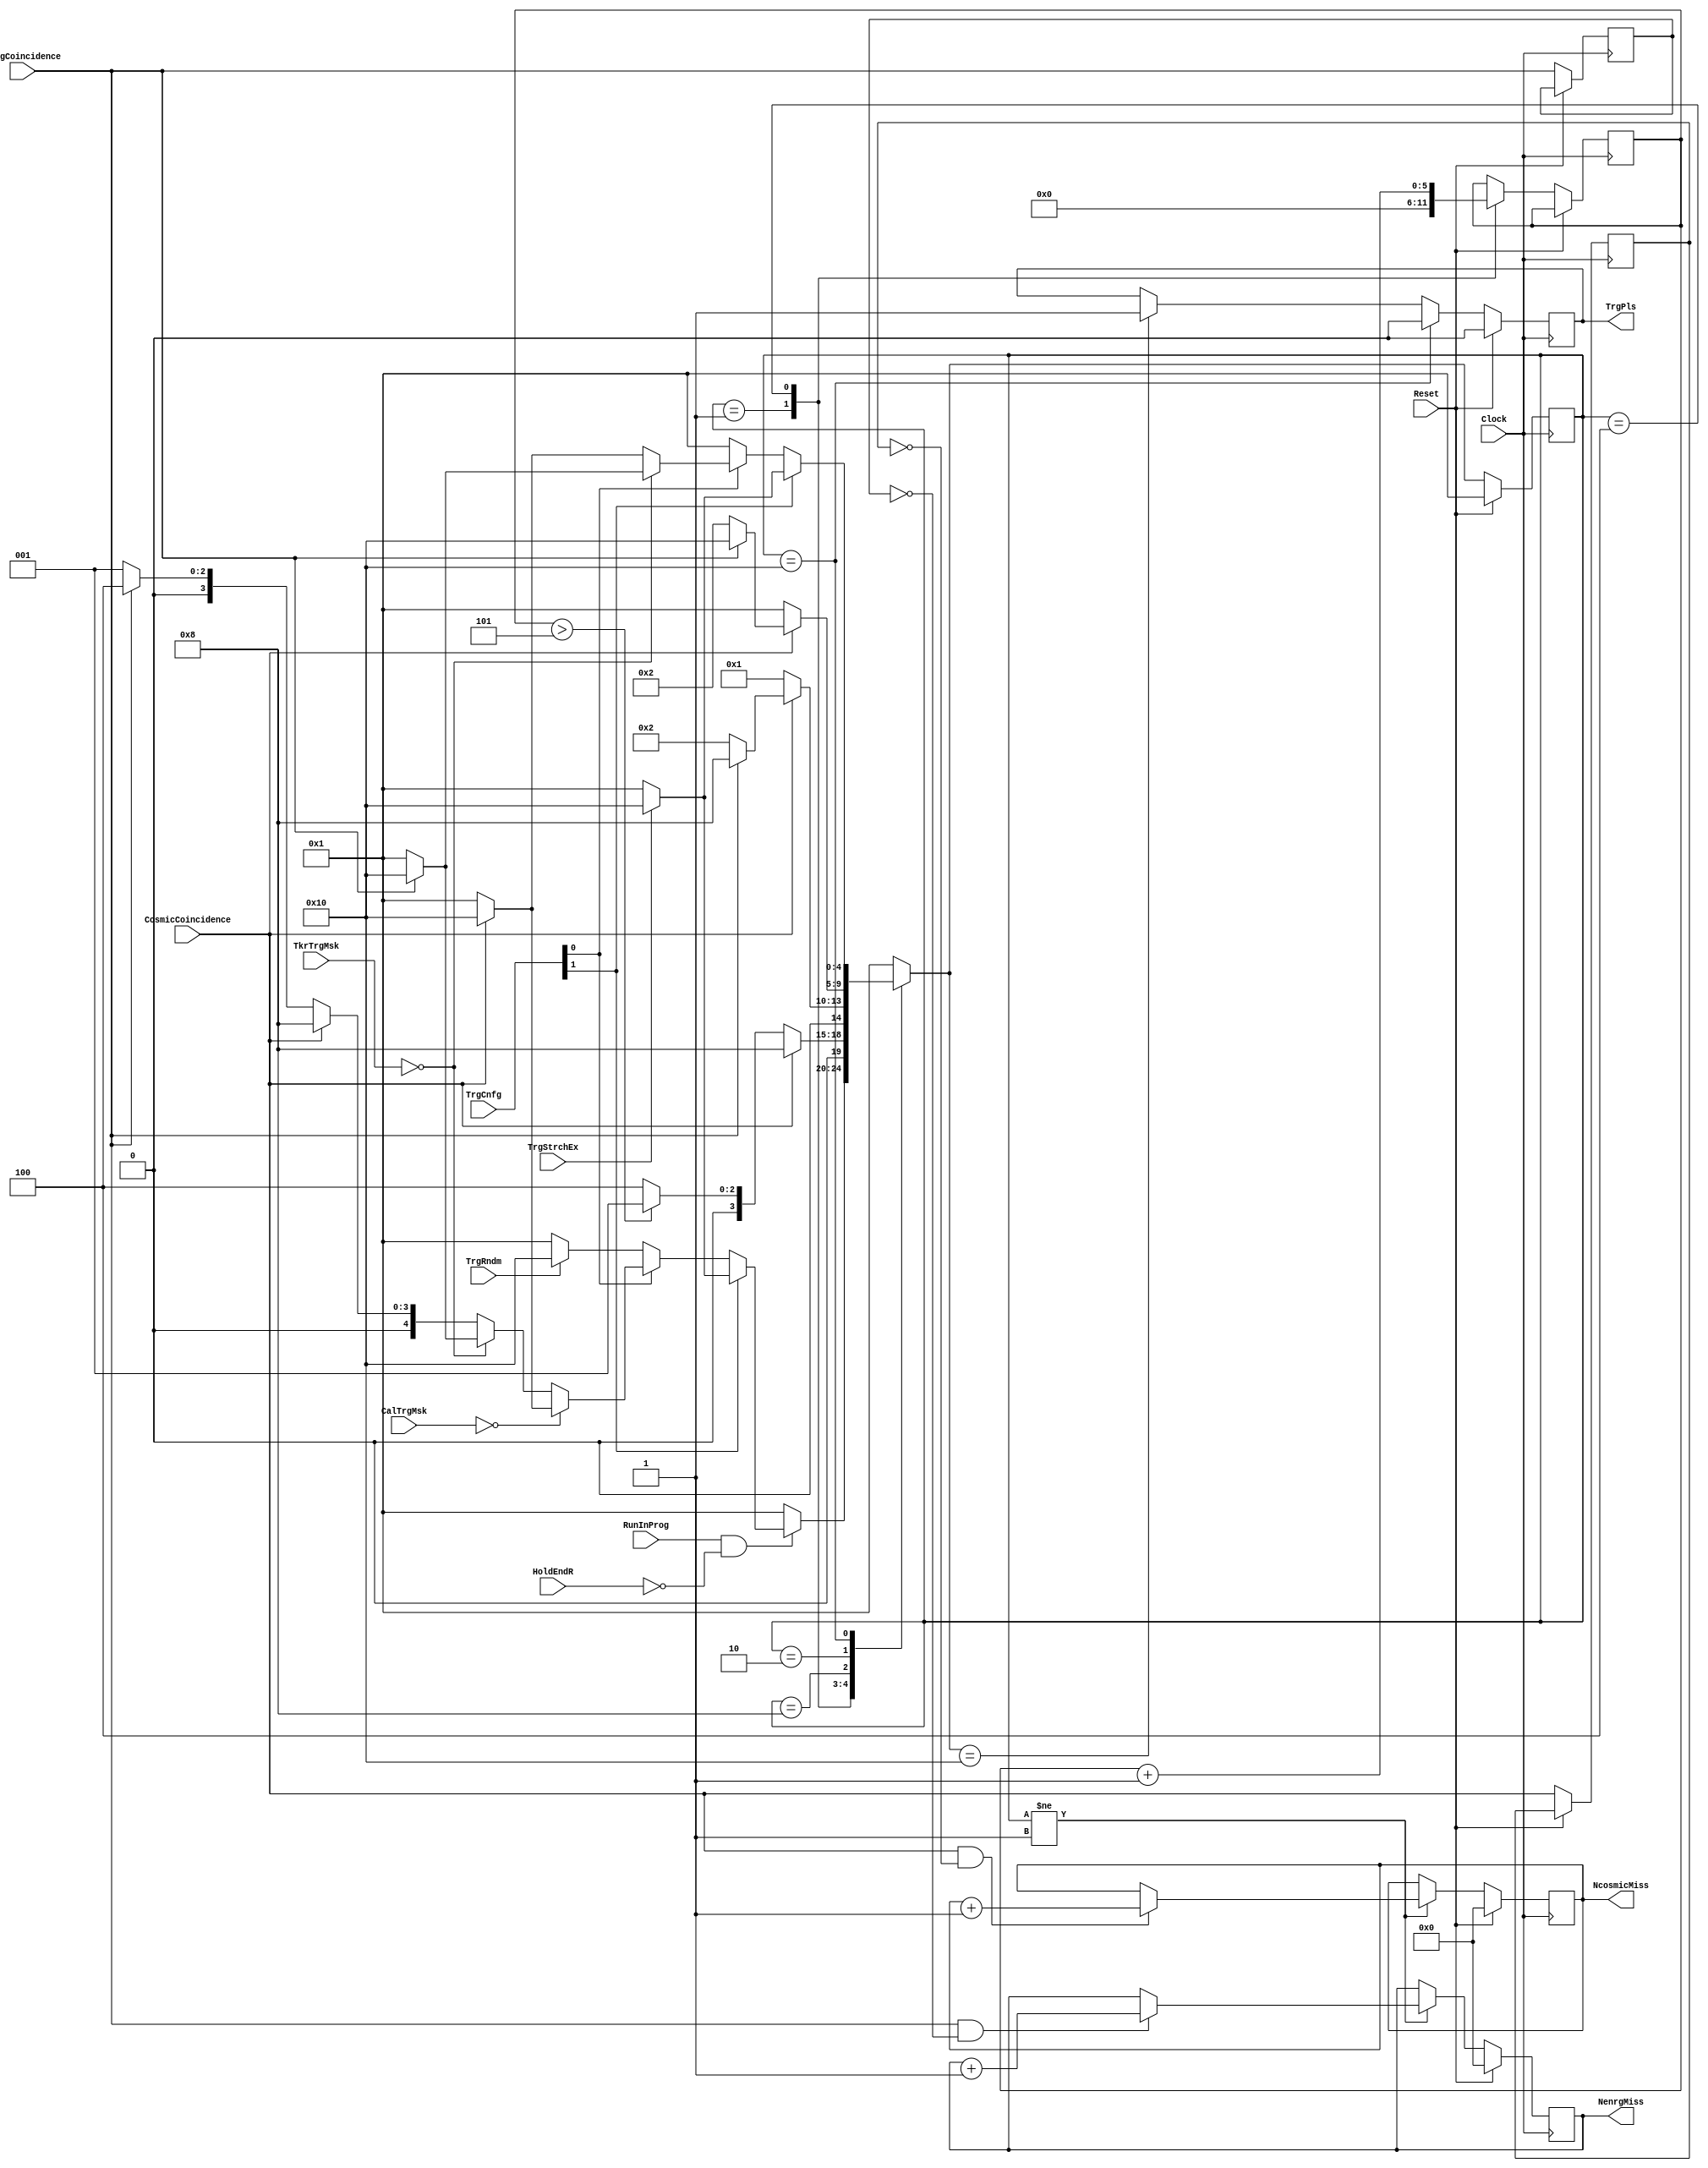
//Make the trigger decision based on energy detector and tracker input, as well as configuration settings.
//R. Johnson  November 1, 2013
//R. Johnson  March 31, 2014, modified to reduce delays
//R. Johnson  April 16, 2014, modified to return to the Wait state after a random trigger 
module TriggerLogic(NenrgMiss,NcosmicMiss,TrgPls,EnrgCoincidence,CosmicCoincidence,TrgStrchEx,TrgRndm,RunInProg,HoldEndR,TrgCnfg,CalTrgMsk,TkrTrgMsk,Clock,Reset);
input Clock;
input Reset;
input EnrgCoincidence;		//Energy detector trigger pulse
input CosmicCoincidence;	//Tracker trigger pulse
input TrgStrchEx;			//External trigger
input TrgRndm;				//Random trigger (for occupancy scans, for example)
input RunInProg;			//True if a run is in progress
input HoldEndR;				//Hold trigger at the end of a run to let all events flush out
input [3:0] TrgCnfg;		//Trigger configuration
input [1:0] CalTrgMsk;		//Energy detector trigger mask
input [7:0] TkrTrgMsk;		//Tracker trigger mask
output TrgPls;				//One clock-long pulse indicating a successful trigger
output [15:0] NenrgMiss, NcosmicMiss;  //For monitoring efficiency

reg TrgPls;

//Make a coincidence between the energy and tracker triggers, such that the timing edge is from the energy detector
//This will have to be much more sophisticated for our goal trigger rate, to pipeline process multiple triggers, or
//else simply use a calorimeter trigger
parameter [4:0] TR01=5'b00001;  //Look for the start of the tracker trigger signal
parameter [4:0] TR05=5'b00010;  //Look for the start of the energy trigger signal
parameter [4:0] TR06=5'b00100;  
parameter [4:0] TR07=5'b01000; 
parameter [4:0] TR04=5'b10000;  //Wait for trigger signals to go down
reg [4:0] StateTR, NextStateTR;
reg [5:0] CtrTR;

//For the combined tkr/enrg trigger, the tracker trigger should be zero delay but stretched long.  The
//enrg trigger should then be delayed to start within the tracker trigger window.  The coincidence 
//condition then is that the tracker trigger is high and then the energy trigger goes from low to high.

always @ (StateTR or TrgRndm or CtrTR or RunInProg or HoldEndR or TrgStrchEx or TrgCnfg or CalTrgMsk or EnrgCoincidence or CosmicCoincidence or TkrTrgMsk) begin
	case (StateTR)
		TR01: begin
					if (RunInProg & !HoldEndR) begin
						if (TrgCnfg[1]) begin  //External trigger
							if (TrgStrchEx) NextStateTR = TR04;
							else NextStateTR = TR01;
						end else if (TrgCnfg[0]) begin
							if (CalTrgMsk==2'b00) begin   //Tracker only trigger
								if (CosmicCoincidence) NextStateTR = TR04;
								else NextStateTR = TR01;
							end else if (TkrTrgMsk==8'h00) begin   //Energy only trigger
								if (EnrgCoincidence) begin
								    NextStateTR = TR04;
									$display("%g\t TriggerLogic: energy detector trigger.",$time);
								end	else NextStateTR = TR01;
							end else begin    //Combined tkr/enrg trigger
								if (CosmicCoincidence) NextStateTR = TR07;
								else if (EnrgCoincidence) NextStateTR = TR06;
								else NextStateTR = TR01;
							end
						end else begin    //Random trigger (occupancy scans)
							if (TrgRndm) NextStateTR = TR04;
							else NextStateTR = TR01;
						end
					end else NextStateTR = TR01;
				end
		TR06:	begin    //This little detour is meant only for keeping correct count of energy trigger pulses
					if (CosmicCoincidence) NextStateTR = TR07;
					else if (CtrTR > 5) NextStateTR = TR01;
					else NextStateTR = TR06;
				end
		TR07:	begin   //Here we have a tracker trigger, but wait for the energy trigger to be low before looking for the rising edge
					if (!CosmicCoincidence) NextStateTR = TR01;   
					else begin
						if (!EnrgCoincidence) NextStateTR = TR05;
						else NextStateTR = TR07;
					end
				end
		TR05:	begin   //In the combined tkr/enrg trigger, look for the rising edge of the energy trigger.  
					if (!CosmicCoincidence) NextStateTR = TR01;   
					else begin
						if (EnrgCoincidence) NextStateTR = TR04;   //Here we have a combined coincidence
						else NextStateTR = TR05;
					end
				end
		TR04:	begin  //Make sure the trigger pulses are low before looking for the next trigger
					if (TrgCnfg[1]) begin
						if (!TrgStrchEx) NextStateTR = TR01;
						else NextStateTR = TR04;
					end else if (TrgCnfg[0]) begin
						if (TkrTrgMsk==8'h00) begin   //Energy only trigger
							if (!EnrgCoincidence) NextStateTR = TR01;
							else NextStateTR = TR04;
						end else begin
							if (!CosmicCoincidence) NextStateTR = TR01;
							else NextStateTR = TR04;
						end
					end else begin
						NextStateTR = TR01;
					end
				end
		default: NextStateTR = TR01;
	endcase
end

reg [31:0] NTrgEx, NTrgEnrg, NTrgTkr, NTrgGen;
reg [15:0] NenrgMiss, NcosmicMiss;
reg cosmicLst, enrgLst;
always @ (posedge Clock) begin
	if (Reset) begin
		StateTR <= TR01;
		TrgPls <= 1'b0;
		NcosmicMiss <= 0;
		NenrgMiss <= 0;
	end else begin
		StateTR <= NextStateTR;
		cosmicLst <= CosmicCoincidence;
		enrgLst <= EnrgCoincidence;
		if (StateTR != TR01) begin
			if (CosmicCoincidence & !cosmicLst) NcosmicMiss <= NcosmicMiss + 1;
			if (EnrgCoincidence & !enrgLst) NenrgMiss <= NenrgMiss + 1;
		end
		if (NextStateTR==TR04) TrgPls <= 1'b1;
		case (StateTR)
			TR01: 	begin
						CtrTR <= 0;
					end
			TR06:	begin
						CtrTR <= CtrTR + 1;
					end
			TR04:	begin
						$display("%g\t TriggerLogic:  issuing a trigger pulse",$time);
						TrgPls <= 1'b0;
					end
		endcase
	end
end

endmodule